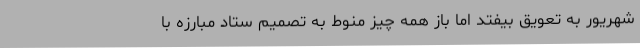
شهریور به تعویق بیفتد اما باز همه چیز منوط به تصمیم ستاد مبارزه با